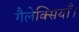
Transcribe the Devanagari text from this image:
गैलेक्सियाँ।